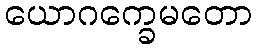
ယောဂက္ခေမတော